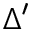
\Delta ^ { \prime }